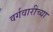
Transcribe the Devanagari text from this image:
वर्गवारीच्या